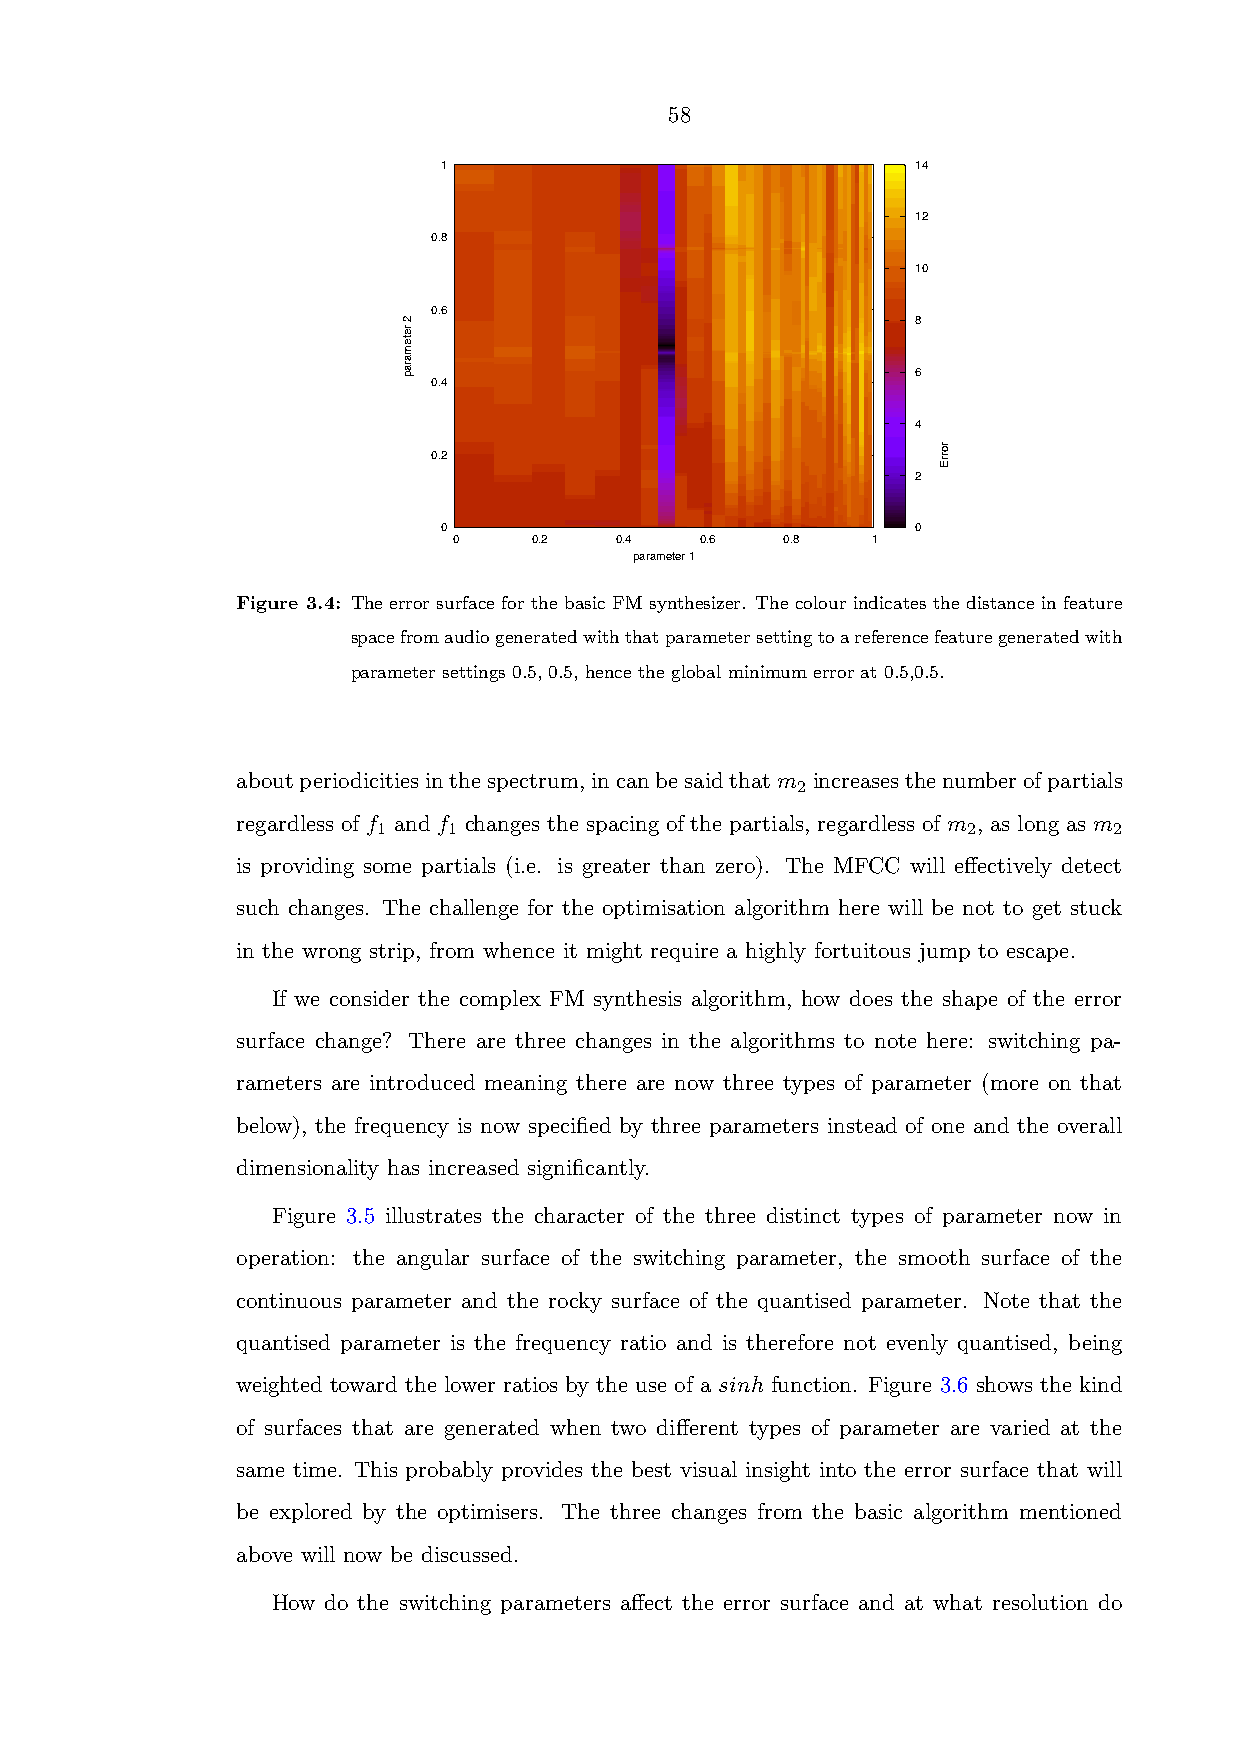
58
 1                               14
 ’../BasicFMOS_p0_at_0.01_vs_p1_at_0.001_ref_0.5.txt’
 12
 0.8
 10
 0.6
 8
 6
 0.4
 4
 0.2
 2
 0                               0
 0    0.2   0.4  0.6   0.8   1
 parameter 1
 Figure 3.4: The error surface for the basic FM synthesizer. The colour indicates the distance in feature
 spacefromaudiogeneratedwiththatparametersettingtoareferencefeaturegeneratedwith
 parameter settings 0.5, 0.5, hence the global minimum error at 0.5,0.5.
 aboutperiodicitiesinthespectrum,incanbesaidthatm increasesthenumberofpartials
 2
 regardless of f and f changes the spacing of the partials, regardless of m , as long as m
 1    1                                 2         2
 is providing some partials (i.e. is greater than zero). The MFCC will effectively detect
 such changes. The challenge for the optimisation algorithm here will be not to get stuck
 in the wrong strip, from whence it might require a highly fortuitous jump to escape.
 If we consider the complex FM synthesis algorithm, how does the shape of the error
 surface change? There are three changes in the algorithms to note here: switching pa-
 rameters are introduced meaning there are now three types of parameter (more on that
 below), the frequency is now specified by three parameters instead of one and the overall
 dimensionality has increased significantly.
 Figure 3.5 illustrates the character of the three distinct types of parameter now in
 operation: the angular surface of the switching parameter, the smooth surface of the
 continuous parameter and the rocky surface of the quantised parameter. Note that the
 quantised parameter is the frequency ratio and is therefore not evenly quantised, being
 weighted toward the lower ratios by the use of a sinh function. Figure 3.6 shows the kind
 of surfaces that are generated when two different types of parameter are varied at the
 same time. This probably provides the best visual insight into the error surface that will
 be explored by the optimisers. The three changes from the basic algorithm mentioned
 above will now be discussed.
 How do the switching parameters affect the error surface and at what resolution do
 2
 retemarap
 rorrE